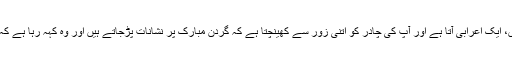
صبر و تحمل میں آپ سب کے امام ہیں، ایک اعرابی آتا ہے اور آپ کی چادر کو اتنی زور سے کھینچتا ہے کہ گردن مبارک پر نشانات پڑجاتے ہیں اور وہ کہہ رہا ہے کہ مجھے اللہ کے مال میں سے دیجیے۔